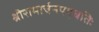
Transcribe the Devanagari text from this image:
श्रीरामार्चनपद्धतिः